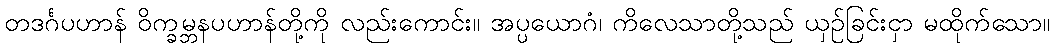
တဒင်္ဂပဟာန် ဝိက္ခမ္ဘနပဟာန်တို့ကို လည်းကောင်း။ အပ္ပယောဂံ၊ ကိလေသာတို့သည် ယှဉ်ခြင်းငှာ မထိုက်သော။